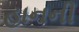
હાનની